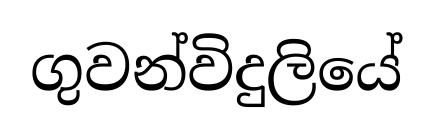
ගුවන්විදුලියේ